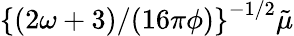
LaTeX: \left\{ \left(2\omega+3)/(16\pi\phi\right)\right\} ^{-1/2}\tilde{\mu}